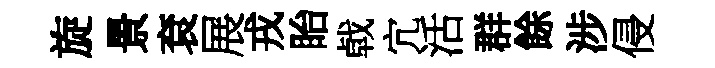
旋景袞展戎眙㦸宂活群餘涉侵